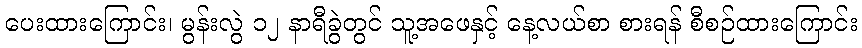
ပေးထားကြောင်း၊ မွန်းလွဲ ၁၂ နာရီခွဲတွင် သူ့အဖေနှင့် နေ့လယ်စာ စားရန် စီစဉ်ထားကြောင်း